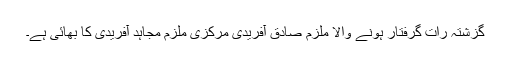
گزشتہ رات گرفتار ہونے والا ملزم صادق آفریدی مرکزی ملزم مجاہد آفریدی کا بھائی ہے۔